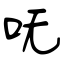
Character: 呒